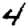
Digit: 4